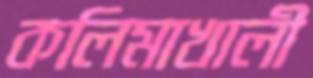
কলিমাখালী